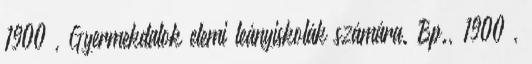
1900 , Gyermekdalok elemi leányiskolák számára. Bp., 1900 ,